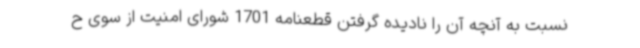
نسبت به آنچه آن را نادیده گرفتن قطعنامه 1701 شورای امنیت از سوی ح